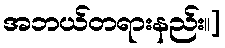
အဘယ်တရားနည်း။]